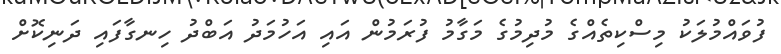
ފުވައްމުލަކު މިސްކިތެއްގެ މުދިމުގެ މަގާމު ފުރަމުން އައި އަހުމަދު އަބްދު ހިނގާފައި ދަނިކޮށް